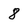
Character: 8